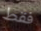
فقط